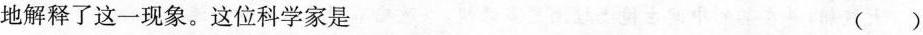
地解释了这一现象。这位科学家是 ()